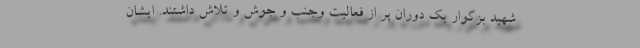
شهید بزگوار یک دوران پر از فعالیت وجنب و جوش و تلاش داشتند. ایشان